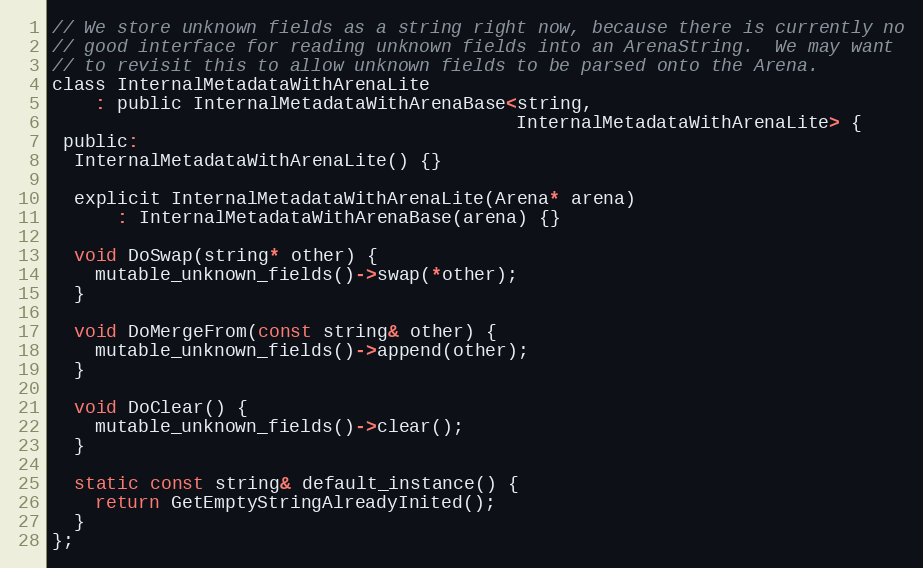
Language: C
// We store unknown fields as a string right now, because there is currently no
// good interface for reading unknown fields into an ArenaString.  We may want
// to revisit this to allow unknown fields to be parsed onto the Arena.
class InternalMetadataWithArenaLite
    : public InternalMetadataWithArenaBase<string,
                                           InternalMetadataWithArenaLite> {
 public:
  InternalMetadataWithArenaLite() {}

  explicit InternalMetadataWithArenaLite(Arena* arena)
      : InternalMetadataWithArenaBase(arena) {}

  void DoSwap(string* other) {
    mutable_unknown_fields()->swap(*other);
  }

  void DoMergeFrom(const string& other) {
    mutable_unknown_fields()->append(other);
  }

  void DoClear() {
    mutable_unknown_fields()->clear();
  }

  static const string& default_instance() {
    return GetEmptyStringAlreadyInited();
  }
};